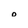
Character: O